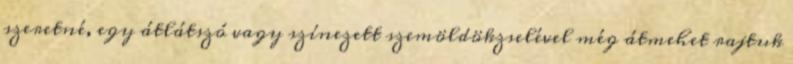
szeretné, egy átlátszó vagy színezett szemöldökzselével még átmehet rajtuk